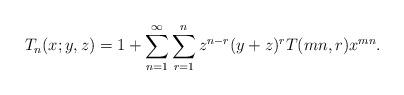
LaTeX: \begin{align*}T_n(x;y,z)=1+\sum_{n=1}^{\infty}\sum_{r=1}^n z^{n-r}(y+z)^rT(mn,r) x^{mn}.\end{align*}